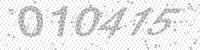
Solution: 010415